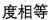
度相等